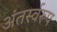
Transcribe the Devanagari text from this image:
अंतर्स्वरूप